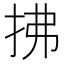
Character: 拂